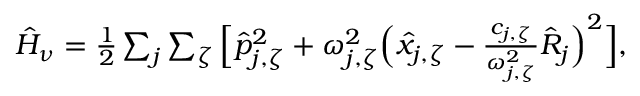
\begin{array} { r } { \hat { H } _ { \nu } = \frac { 1 } { 2 } \sum _ { j } \sum _ { \zeta } \Big [ \hat { p } _ { j , \zeta } ^ { 2 } + \omega _ { j , \zeta } ^ { 2 } \Big ( \hat { x } _ { j , \zeta } - \frac { c _ { j , \zeta } } { \omega _ { j , \zeta } ^ { 2 } } \hat { R } _ { j } \Big ) ^ { 2 } \Big ] , } \end{array}